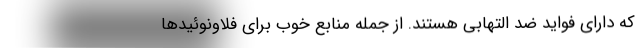
که دارای فواید ضد التهابی هستند. از جمله منابع خوب برای فلاونوئیدها